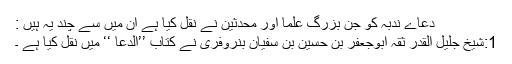
دُعاے ندبہ کو جن بزرگ علما اور محدثین نے نقل کیا ہے ان میں سے چند یہ ہیں :
1:شیخ جلیل القدر ثقہ ابوجعفر بن حسین بن سفیان بنروفری نے کتاب ’’الدعا ‘‘ میں نقل کیا ہے ۔